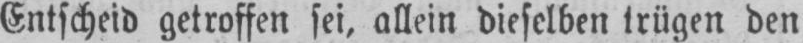
Entscheid getroffen sei, allein dieselben trügen den